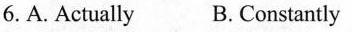
6.A.Actually B. Constantly